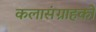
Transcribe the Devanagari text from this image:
कलासंग्राहकों